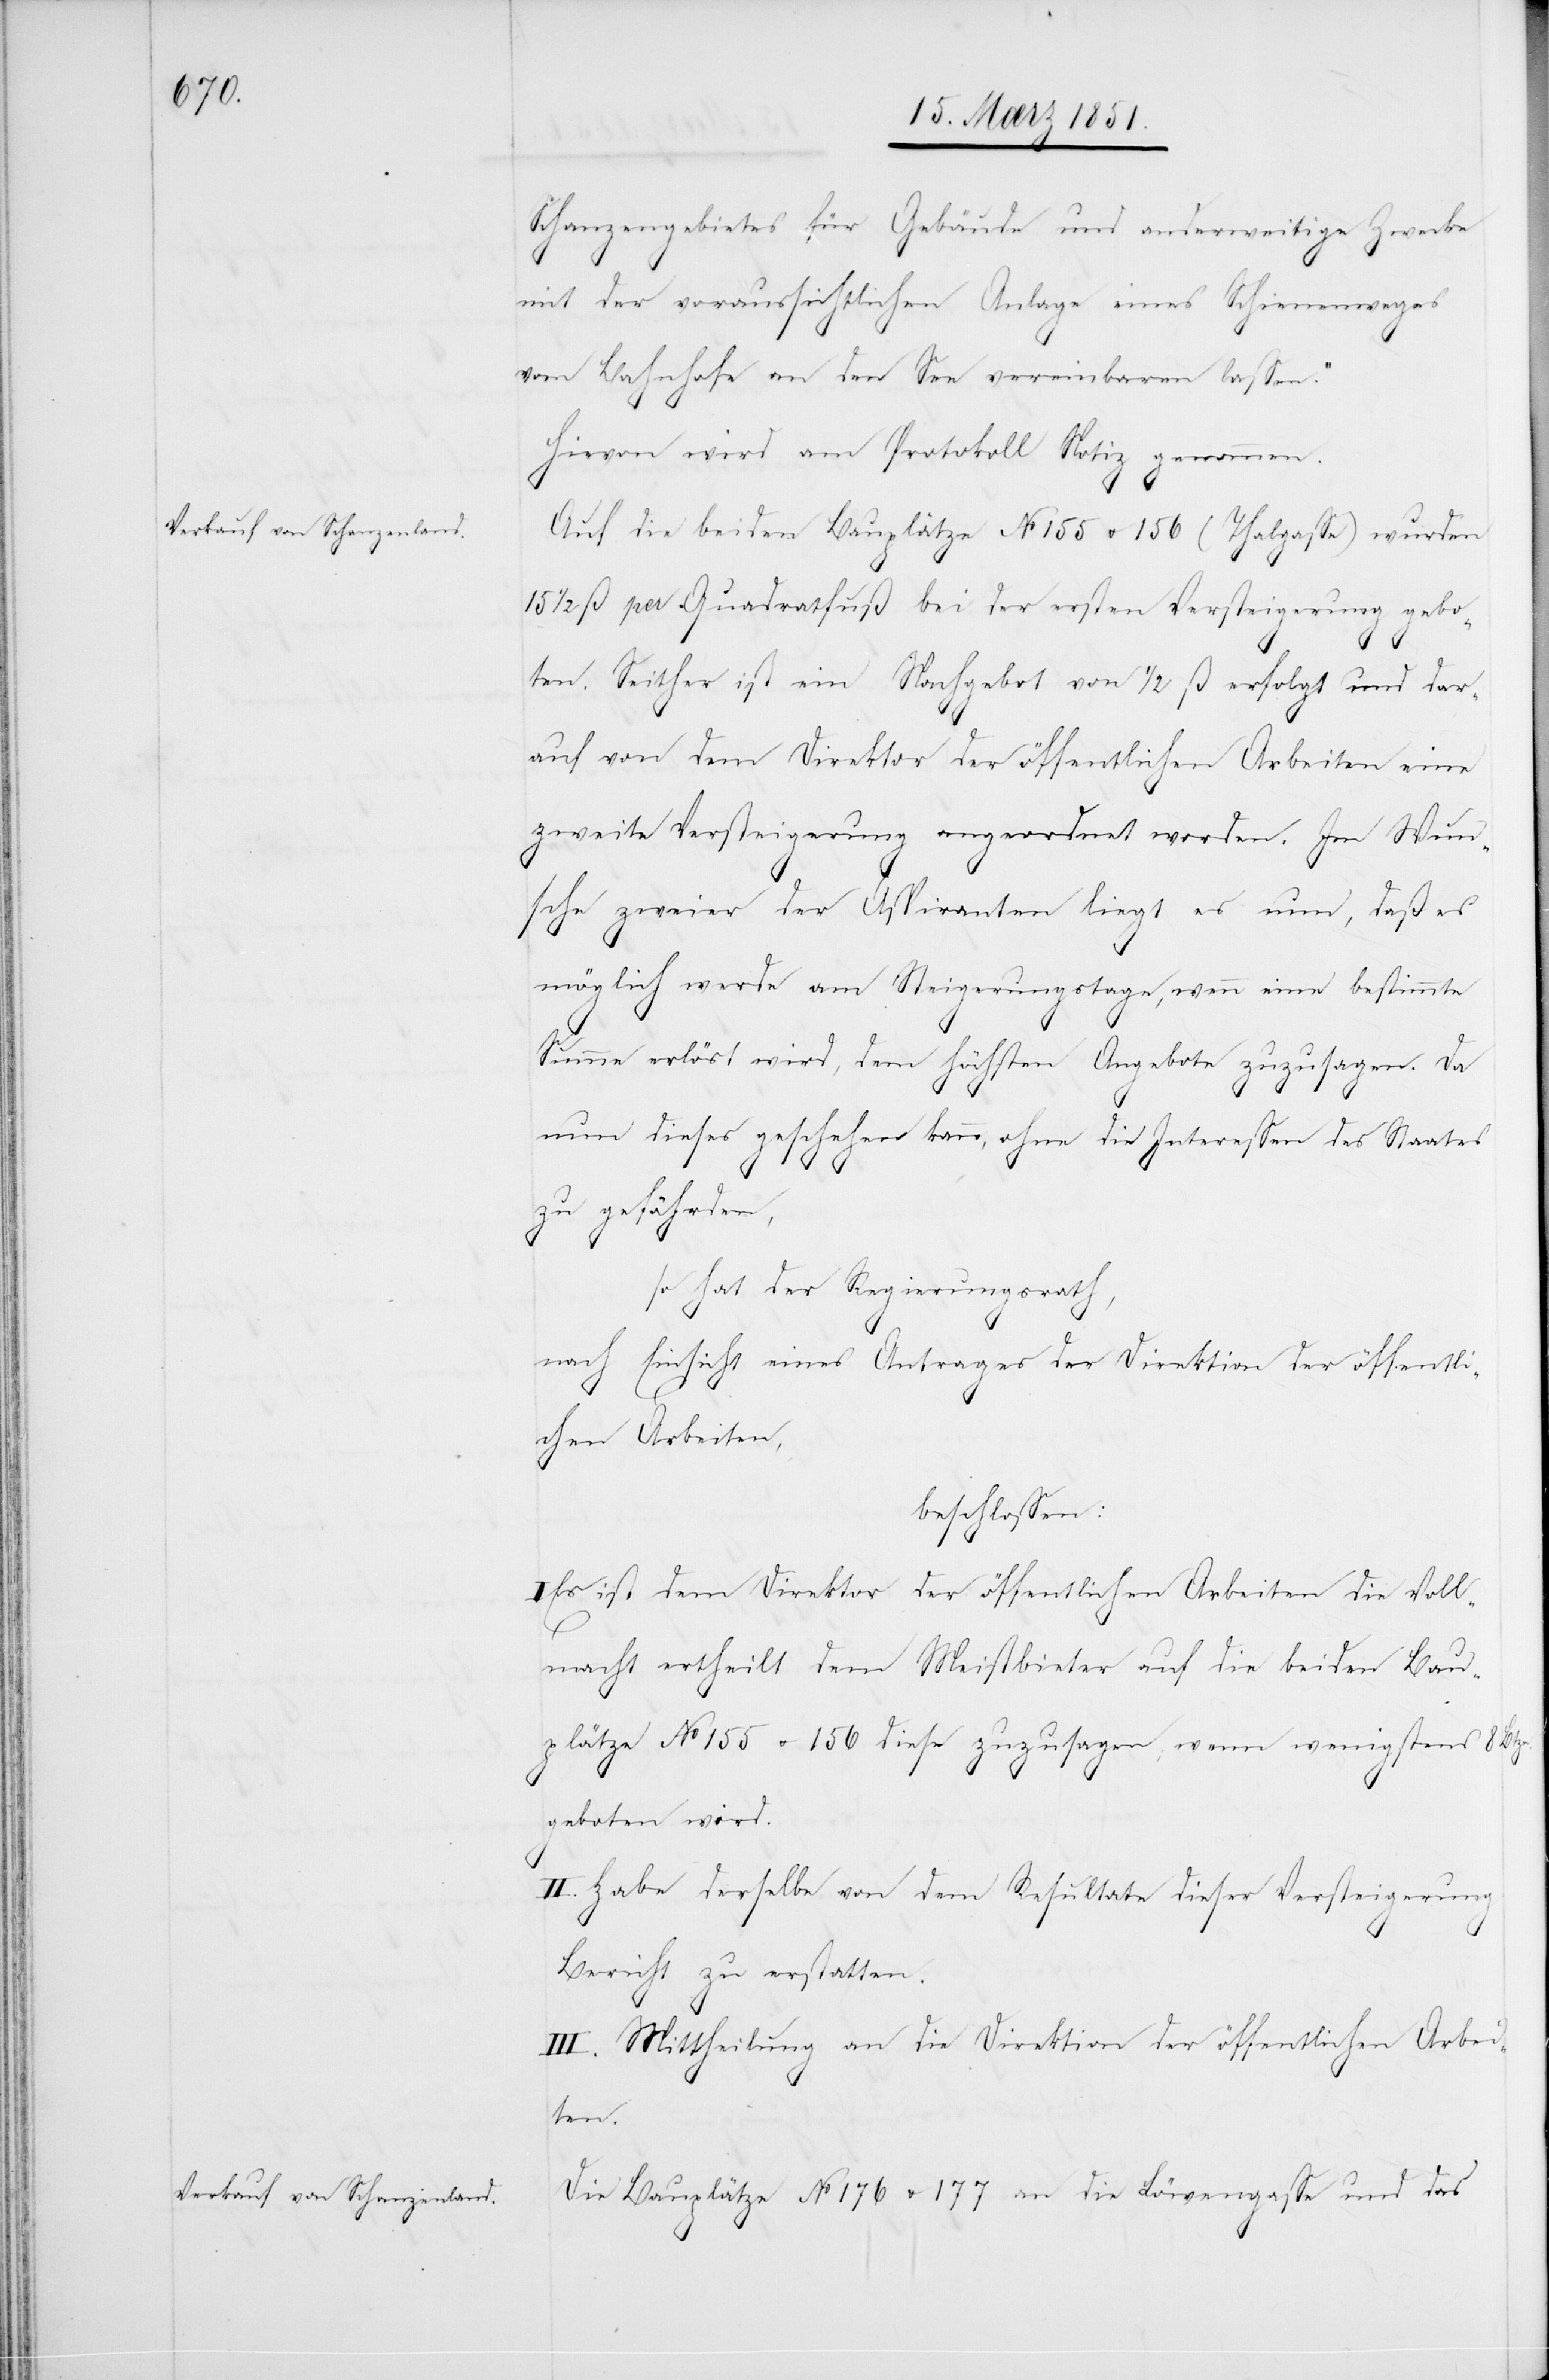
Schanzengebietes für Gebäude und anderweitige Zwecke
mit der voraussichtlichen Anlage eines Schienenweges
vom Bahnhofe an den See vereinbaren lassen.“
Hievon wird am Protokoll Notiz genommen.
Auf die beiden Bauplätze No 155 u. 156 (Thalgasse) wurden
1/2 ß per Quadratfuß bei der ersten Versteigerung gebo¬
ten. Seither ist ein Nachgebot von 1/2 ß erfolgt und dar¬
auf von dem Direktor der öffentlichen Arbeiten eine
zweite Versteigerung angeordnet worden. Im Wun¬
sche zweier der Aspiranten liegt es nun, daß es
möglich werde am Steigerungstage, wenn eine bestimmte
Summe erlöst wird, dem höchsten Angebote zuzusagen. Da
nun dieses geschehen kann, ohne die Interessen des Staates
zu gefährden,
so hat der Regierungsrath,
nach Einsicht eines Antrages der Direktion der öffentli¬
chen Arbeiten,
beschlossen:
I Es ist dem Direktor der öffentlichen Arbeiten die Voll¬
macht ertheilt dem Meistbieter auf die beiden Bau¬
plätze No 155 u. 156 diese zuzusagen, wenn wenigstens 8
geboten wird.
II. Habe derselbe von dem Resultate dieser Versteigerung
Bericht zu erstatten.
III. Mittheilung an die Direktion der öffentlichen Arbei¬
ten.
Die Bauplätze No 176 u. 177 an die Löwengasse und das